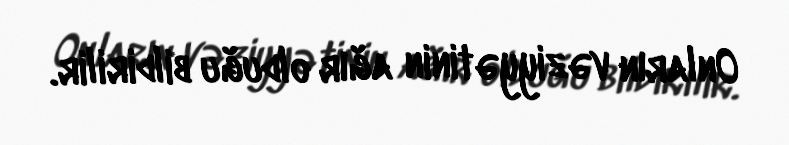
Onların vəziyyətinin ağır olduğu bildirilir.